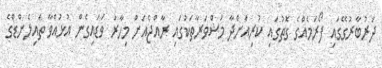
ދަރުބާރުގޭގައި ފޯރަމެއްގެ ގޮތުގައި ކުރިއަށްދާ މަޝްވަރާތަކުގައި ރާއްޖެއަށް މިހާރު ވަޑައިގެން އުޅުއްވާ ތައިލެންޑްގެ